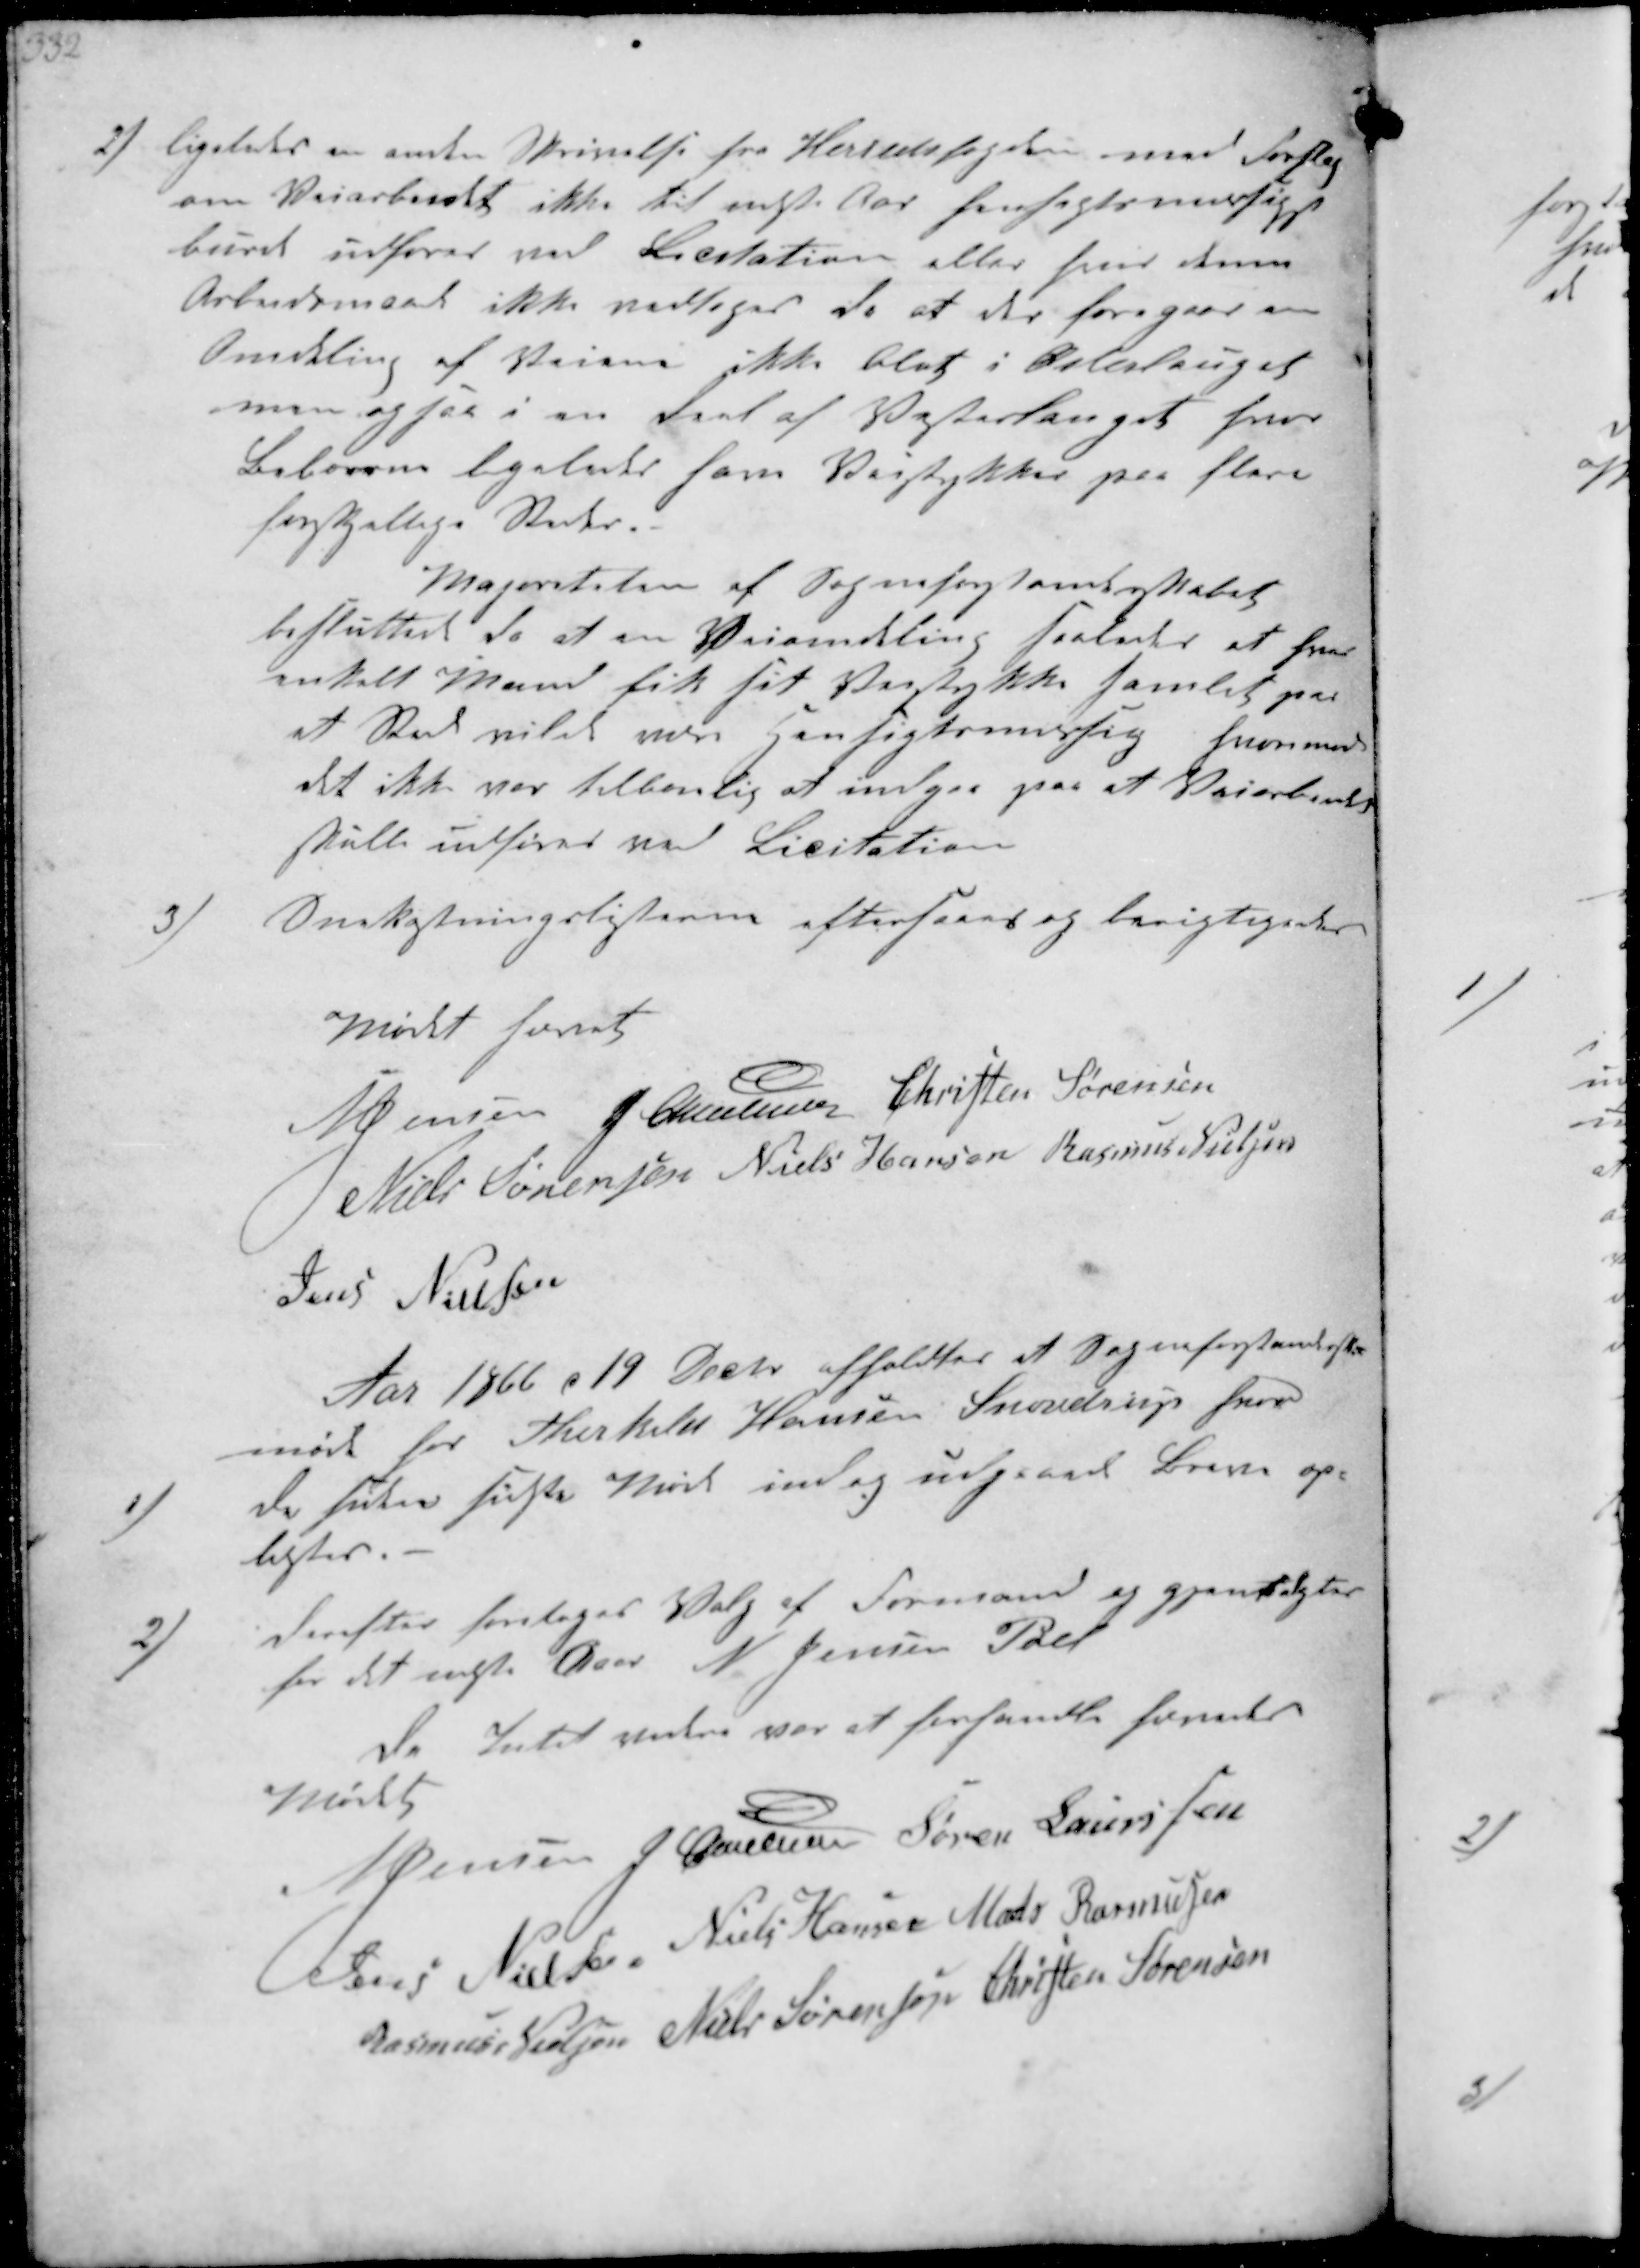
Transskription:
2) ligeledes en anden Skrivelse fra Herredsfogden med Forslag
om Veiarbeidet ikke til næste Aar hensigtsmæssigt
burde udfører ved Licitation eller hvor denne
Arbeidsmaade ikke vedtages da at der foregaae en
Omdeling af Veiene ikke blot i Østerlauget
men ogsaa i en Deel af Vesterlauget hvor
Beboerne ligeledes har Veistykker paa flere
forskellige Steder.
Majoriteten af Sogneforstanderskabet
besluttede da at en Vejomdeling saaledes at hver
entelt Mand fik sit Veistykke samlet paa
et Sted vilde være Hensigtsmæssig hvorimod
det ikke var tilbørlig at indgaa paa at Veiarbeide
skulle udføres ved Licitation
3/
Snekastningslisterne eftersaaes og berigtigedes
Mødet hævet
N Jensen J Christensen Christen Sørensen
Niels Sørensen Niels Hansen Rasmus Nielsen
Jens Nielsen

Aar 1866 d 19 Decbr afholdtes et Sogneforstanderskabs-
møde hos Therkild Hansen Snovdrup hvor
1)
de siden sidste Møde ind og udgaaede Breve op-
læstes.
2)
derefter foretoges Valg af Formand og gjenvalgtes
for det næste Aar N Jensen Pøel
Da Intet videre var at forhandle hævedes
Mødet
N Jensen J. Christensen Søren Laurssen
Jens Nielsen Niels Hansen Mads Rasmussen
Rasmus Nielsen Niels Sørensen Christen Sørensen